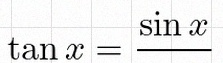
\tan x=\frac{\sin x}{\cos x}